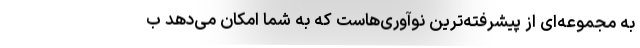
به مجموعه‌ای از پیشرفته‌ترین نوآوری‌هاست که به شما امکان می‌دهد ب